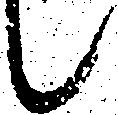
候